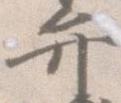
弁